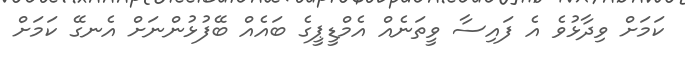
ކަމަށް ވިދާޅުވެ އެ ފައިސާ ވީތަނެއް އެމްޑީޕީގެ ބައެއް ބޭފުޅުންނަށް އެނގޭ ކަމަށް